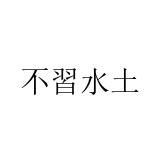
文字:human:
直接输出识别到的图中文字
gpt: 不習水土